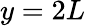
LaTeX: y=2L